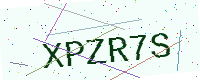
Text: XPZR7S